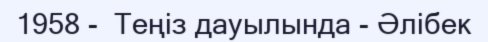
1958 -  Теңіз дауылында - Әлібек